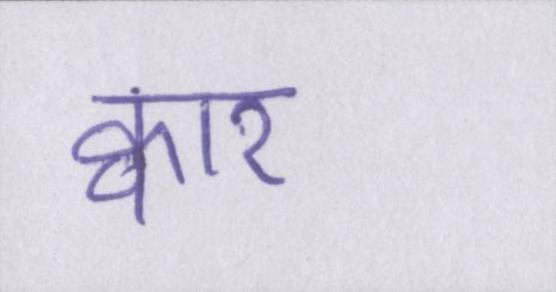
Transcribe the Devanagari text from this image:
क्वार